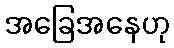
အခြေအနေဟု